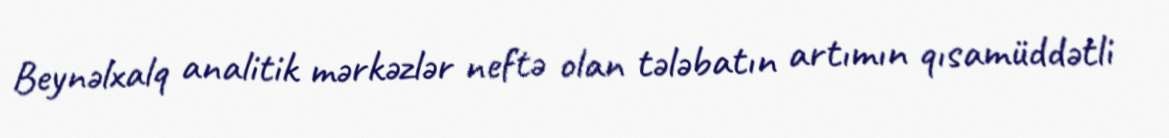
Beynəlxalq analitik mərkəzlər neftə olan tələbatın artımın qısamüddətli